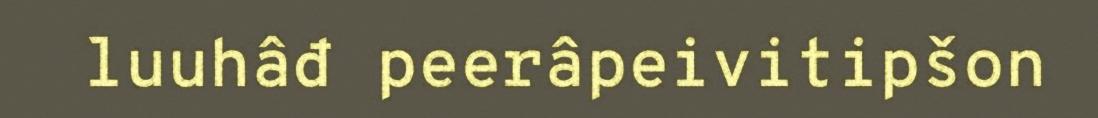
luuhâđ peerâpeivitipšon